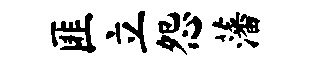
匪立怨藩